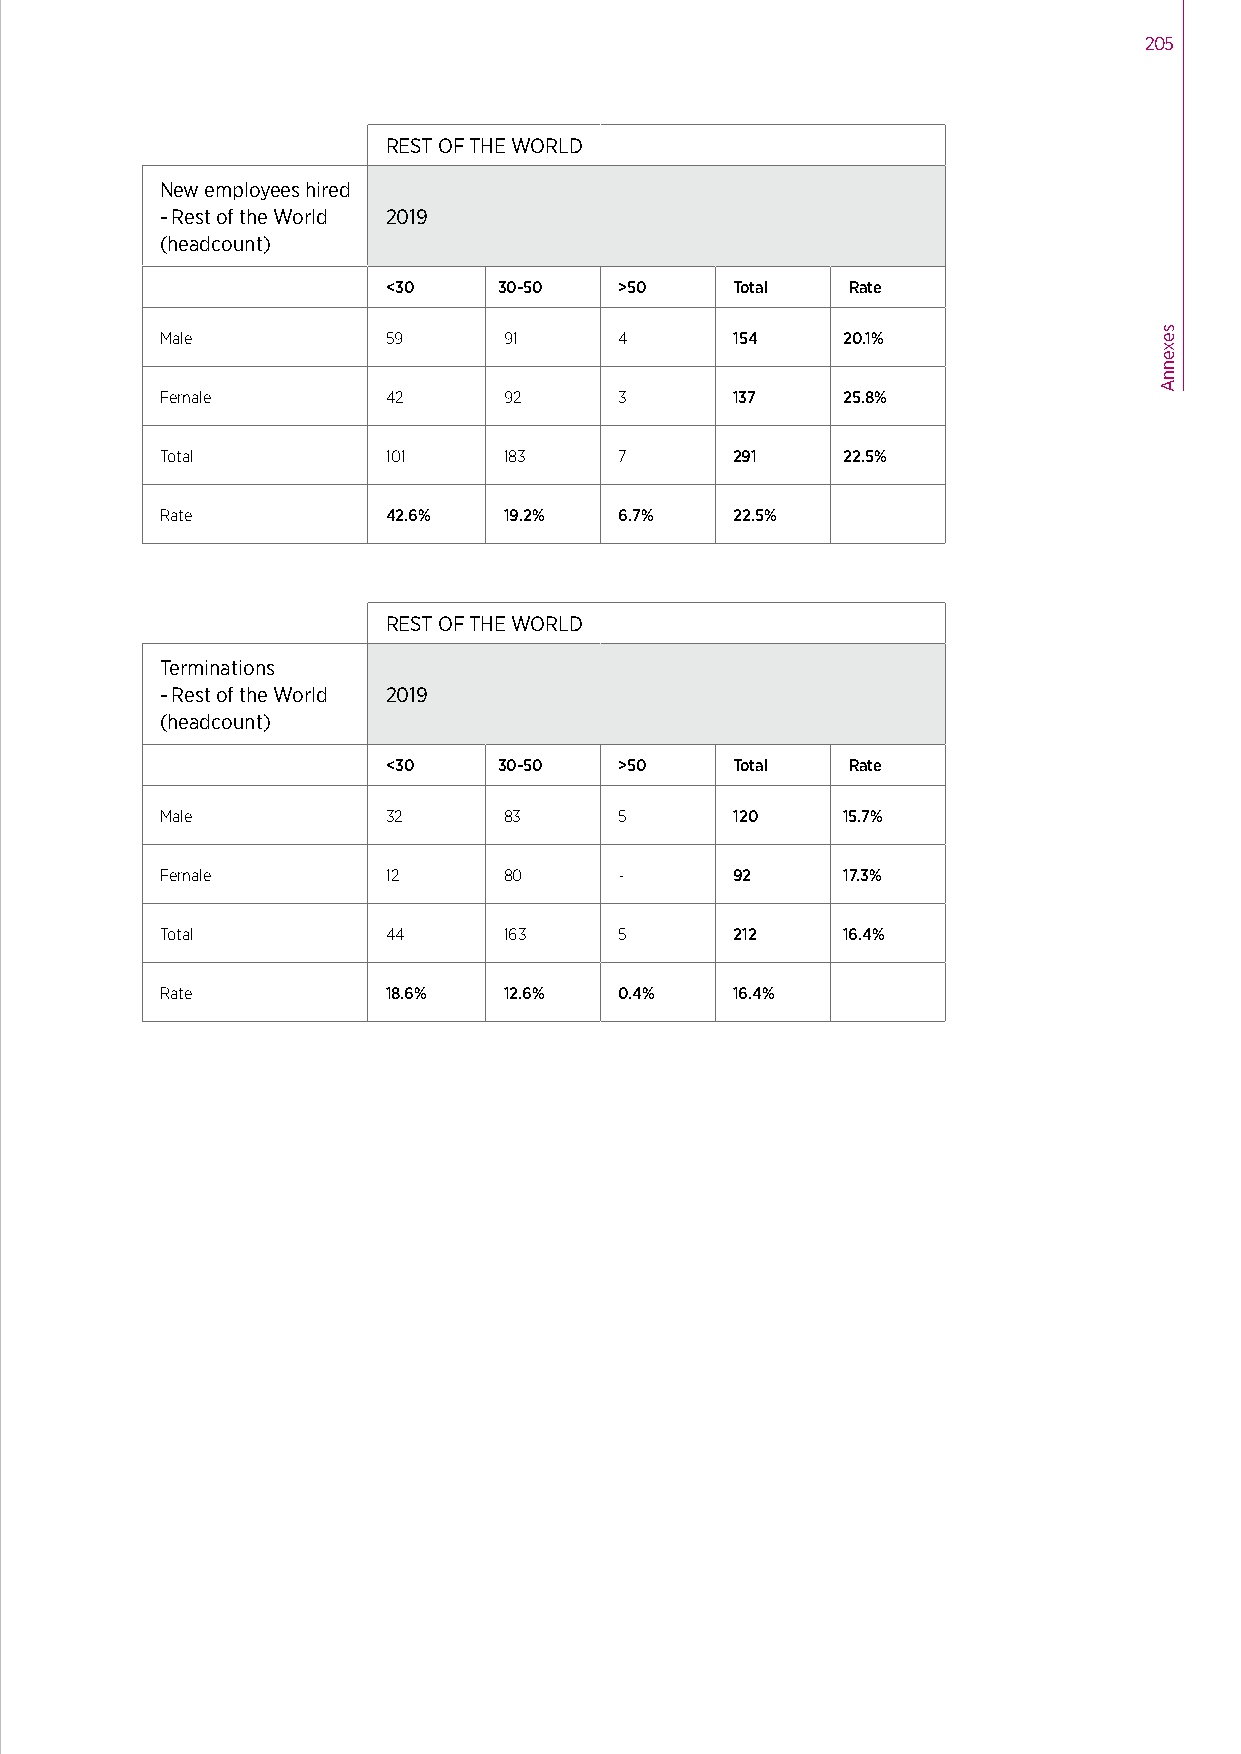
205
 REST OF THE WORLD
 New employees hired
 - Rest of the World 2019
 (headcount)
 <30    30-50   >50    Total   Rate
 Male           59     91      4      154     20.1%
 Female         42     92      3      137     25.8%
 Total          101    183     7      291     22.5%
 Rate           42.6%  19.2%   6.7%   22.5%
 REST OF THE WORLD
 Terminations
 - Rest of the World 2019
 (headcount)
 <30    30-50   >50    Total   Rate
 Male           32     83      5      120     15.7%
 Female         12     80      -      92      17.3%
 Total          44     163     5      212     16.4%
 Rate           18.6%  12.6%   0.4%   16.4%
 sexennA